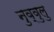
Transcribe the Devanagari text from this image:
नुव्वुलु